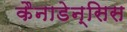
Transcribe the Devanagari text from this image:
कैनाडेन्सिस